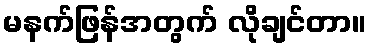
မနက်ဖြန်အတွက် လိုချင်တာ။